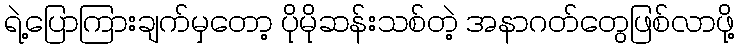
ရဲ့ပြောကြားချက်မှတော့ ပိုမိုဆန်းသစ်တဲ့ အနာဂတ်တွေဖြစ်လာဖို့